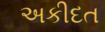
અકીદત